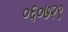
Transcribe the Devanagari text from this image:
०६०७२९